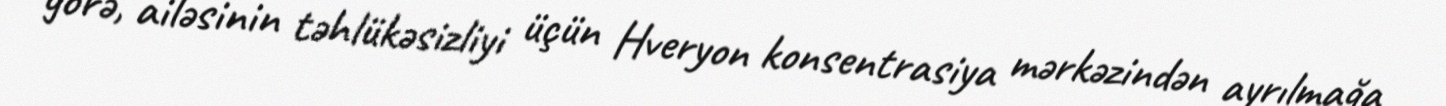
görə, ailəsinin təhlükəsizliyi üçün Hveryon konsentrasiya mərkəzindən ayrılmağa